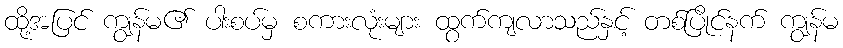
ထို့အပြင် ကျွန်မ၏ ပါးစပ်မှ စကားလုံးများ ထွက်ကျလာသည်နှင့် တစ်ပြိုင်နက် ကျွန်မ